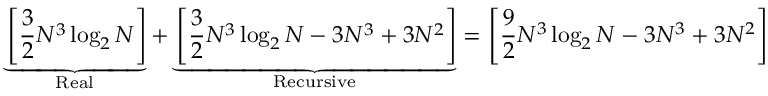
\underbrace { \left[ { \frac { 3 } { 2 } } N ^ { 3 } \log _ { 2 } N \right] } _ { \mathrm { R e a l } } + \underbrace { \left[ { \frac { 3 } { 2 } } N ^ { 3 } \log _ { 2 } N - 3 N ^ { 3 } + 3 N ^ { 2 } \right] } _ { \mathrm { R e c u r s i v e } } = \left[ { \frac { 9 } { 2 } } N ^ { 3 } \log _ { 2 } N - 3 N ^ { 3 } + 3 N ^ { 2 } \right]